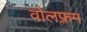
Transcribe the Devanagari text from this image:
वोलफ़्रम